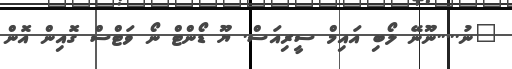
"ނު.....ނޫނޭ ލޯބި އައިމް ސީރިއަސް. ޔޫ ޑޯންޓް ނޯ ވަޓްސް ގޮއިން އޮން